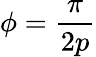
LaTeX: \phi=\frac{\pi}{2p}